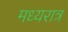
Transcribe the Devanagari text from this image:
मध्यरात्र